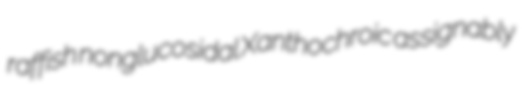
raffish nonglucosidal Xanthochroic assignably